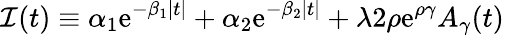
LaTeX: {\cal I}(t)\equiv\alpha_{1}\mathrm{e}^{-\beta_{1}|t|}+\alpha_{2}\mathrm{e}^{-\beta_{2}|t|}+\lambda 2\rho\mathrm{e}^{\rho\gamma}A_{\gamma}(t)~